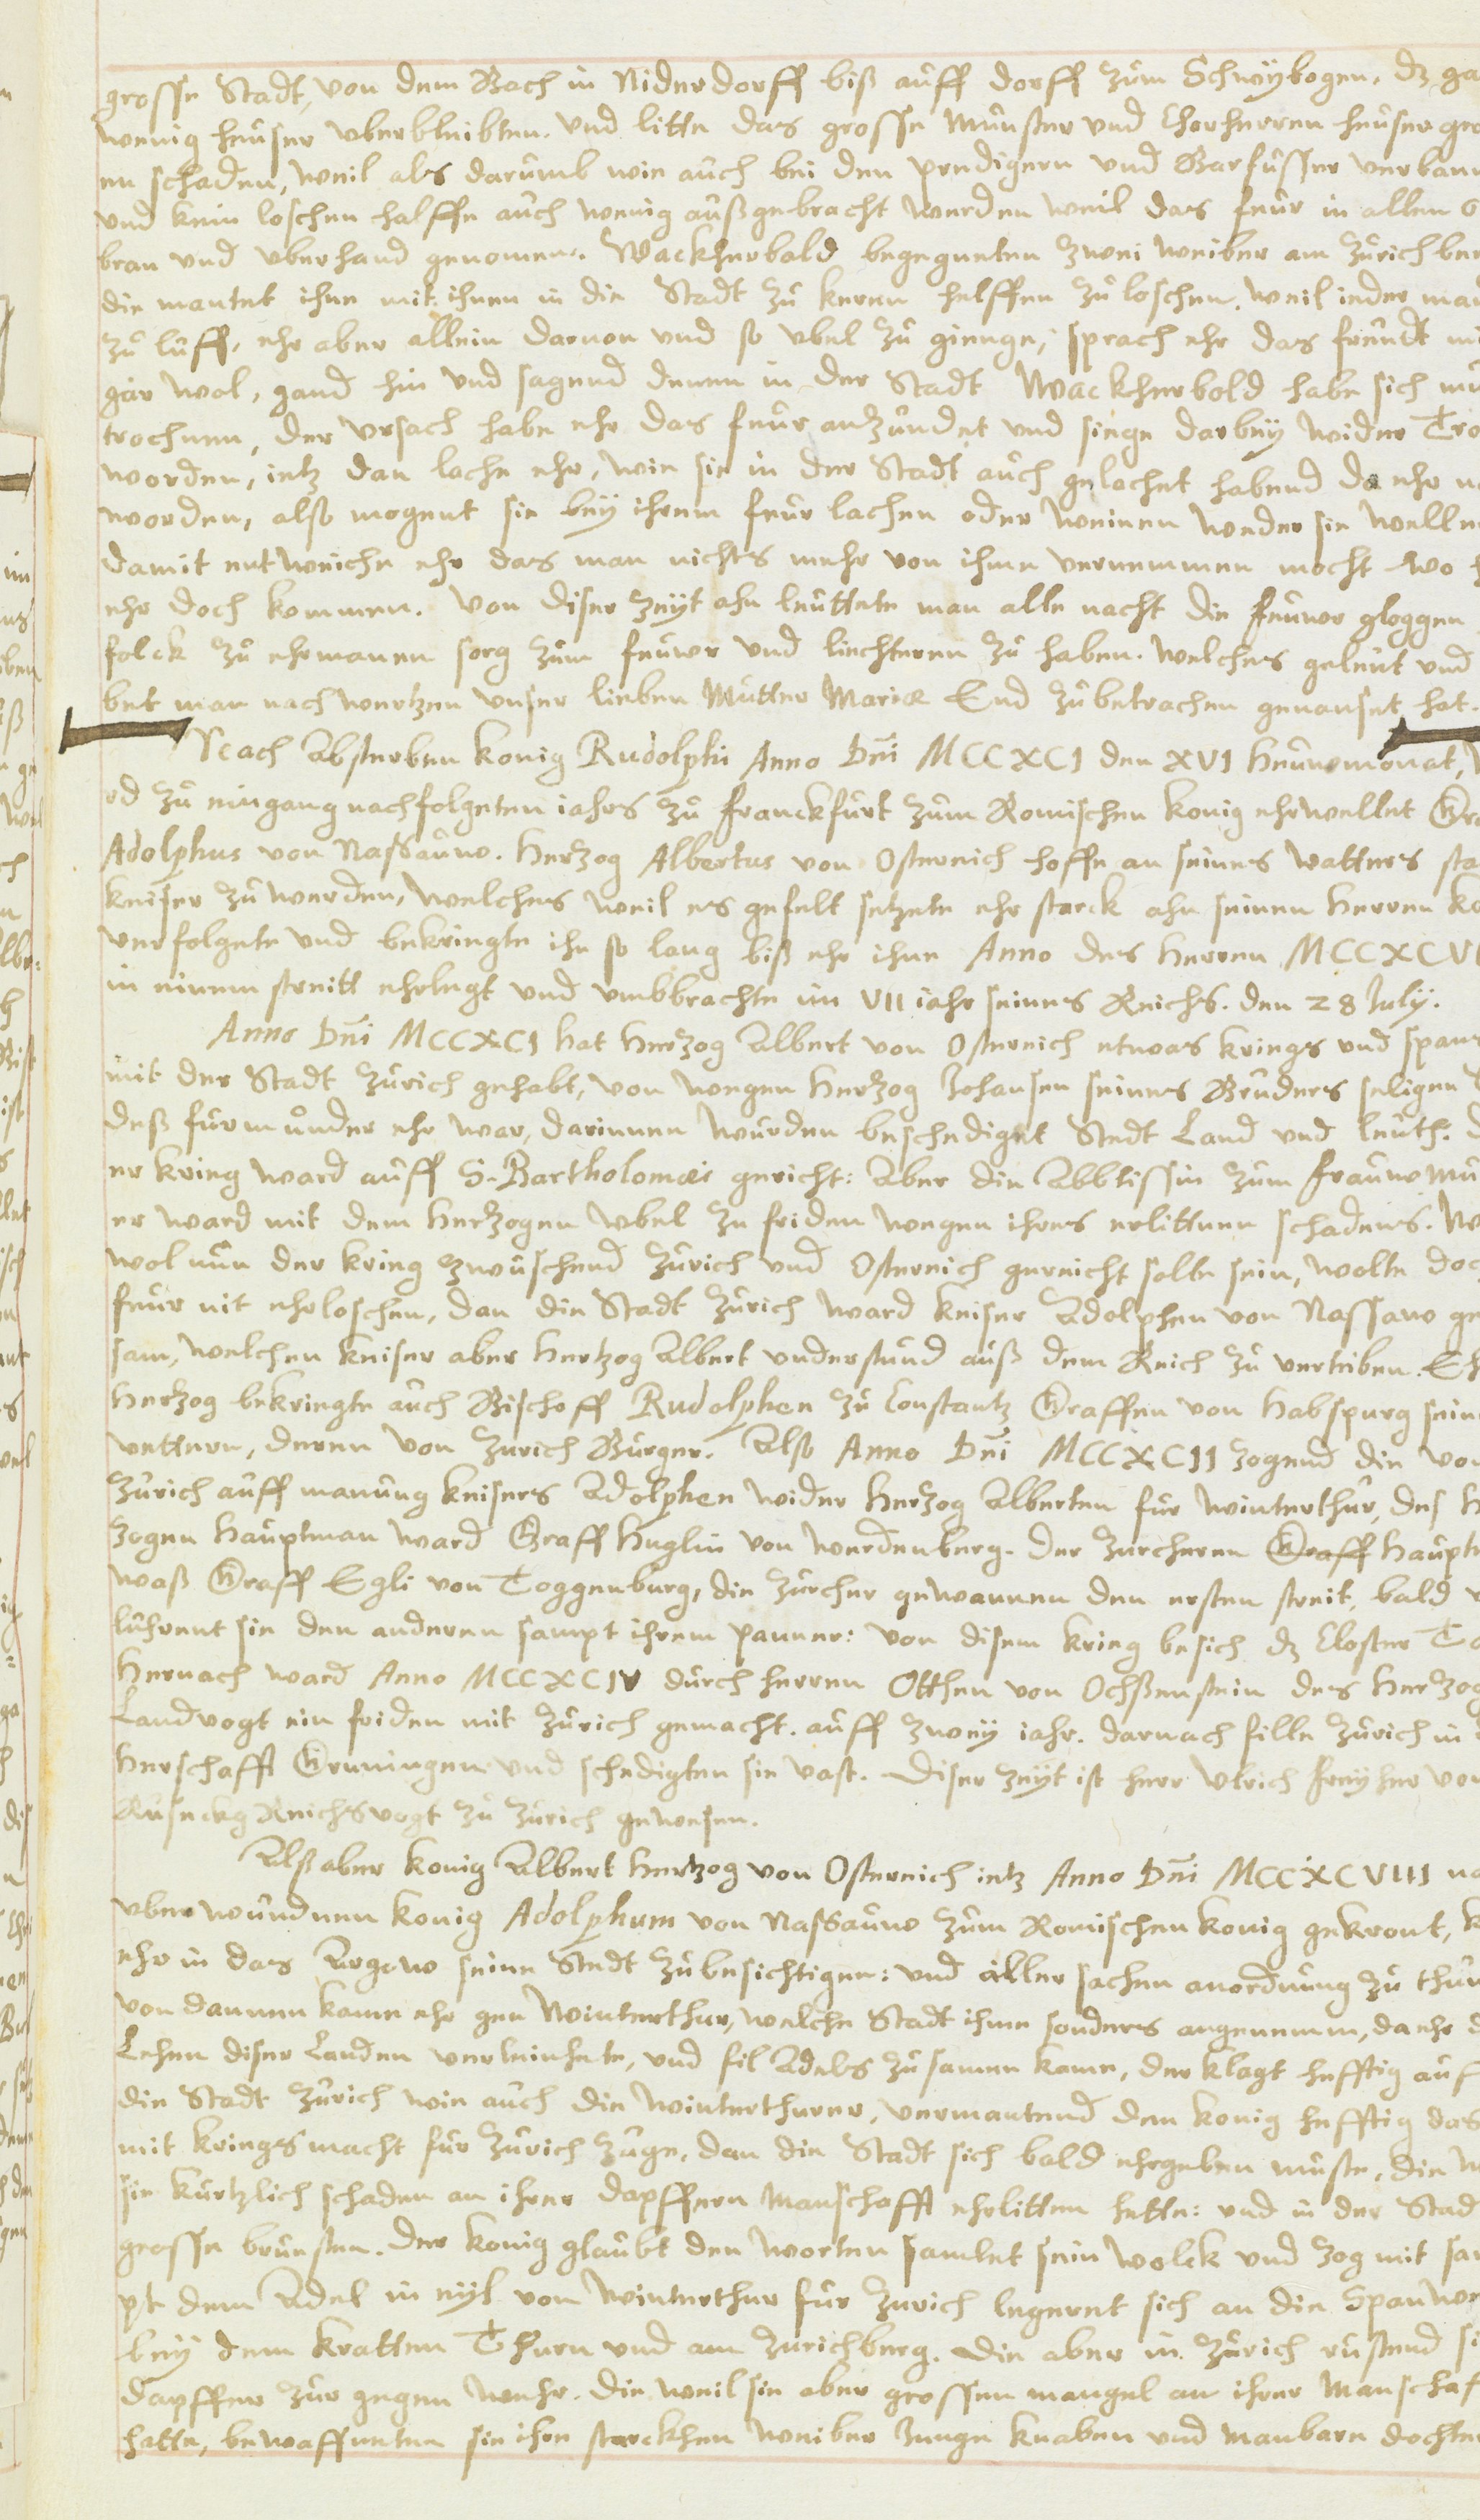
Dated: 1614–1638